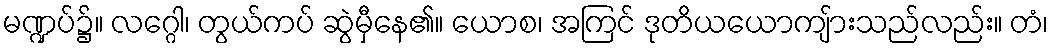
မဏ္ဍပ်၌။ လဂ္ဂေါ၊ တွယ်ကပ် ဆွဲမှီနေ၏။ ယောစ၊ အကြင် ဒုတိယယောကျ်ားသည်လည်း။ တံ၊